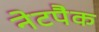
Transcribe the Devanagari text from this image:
नेटपैक